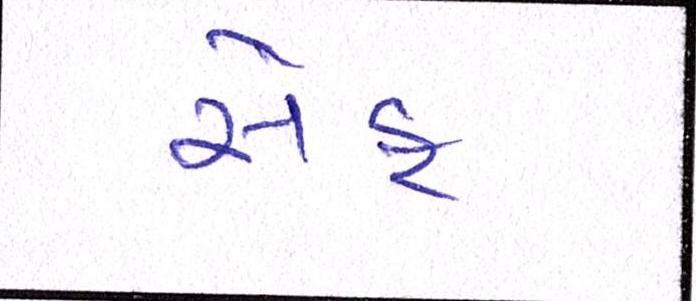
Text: સેફ